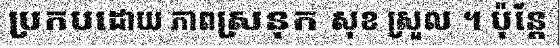
ប្រកបដោយ ភាពស្រនុក សុខ ស្រួល ។ ប៉ុន្តែ